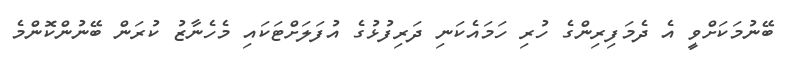
ބޭނުމަކަށްވީ އެ ދެމަފިރިންގެ ހުރި ހަމައެކަނި ދަރިފުޅުގެ އުފަލަށްޓަކައި މެހެނާޒު ކުރަން ބޭނުންކޮންމެ